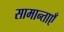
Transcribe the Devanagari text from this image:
सामान्ताएँ